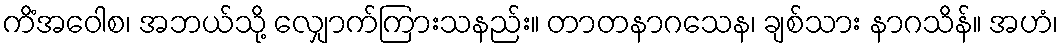
ကိံအဝေါစ၊ အဘယ်သို့ လျှောက်ကြားသနည်း။ တာတနာဂသေန၊ ချစ်သား နာဂသိန်။ အဟံ၊